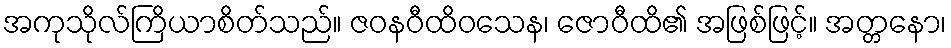
အကုသိုလ်ကြိယာစိတ်သည်။ ဇဝနဝီထိဝသေန၊ ဇောဝီထိ၏ အဖြစ်ဖြင့်။ အတ္တနော၊